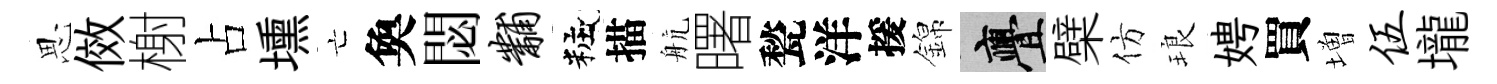
思傚榭占壎亡奐閟黼粧描航曙甃洋援錦亹檗仿琅娉買増伍壠